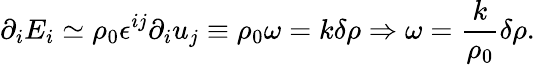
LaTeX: \partial_{i}E_{i}\simeq\rho_{0}\epsilon^{ij}\partial_{i}u_{j}\equiv\rho_{0}\omega=k\delta\rho\Rightarrow\omega=\frac{k}{\rho_{0}}\delta\rho.